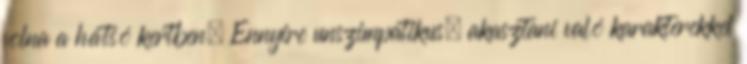
volna a hátsó kertben. Ennyire unszimpatikus, akasztani való karakterekkel